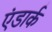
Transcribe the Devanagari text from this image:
एंडार्क